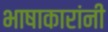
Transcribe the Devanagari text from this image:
भाषाकारांनी